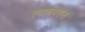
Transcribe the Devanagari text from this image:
त्याचेपरास